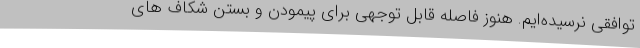
توافقی نرسیده‌ایم. هنوز فاصله قابل توجهی برای پیمودن و بستن شکاف های